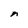
Character: n